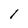
Character: I